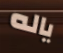
ياله